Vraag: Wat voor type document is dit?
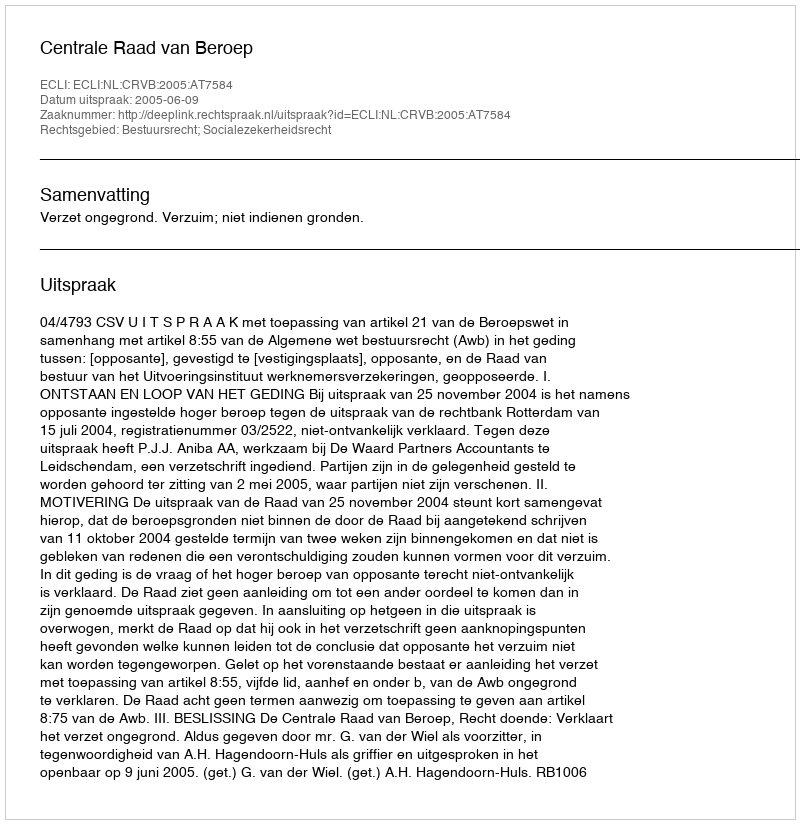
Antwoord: Uitspraak